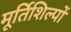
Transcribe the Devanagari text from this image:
मूर्तिशिल्पों